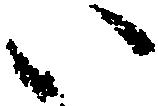
い